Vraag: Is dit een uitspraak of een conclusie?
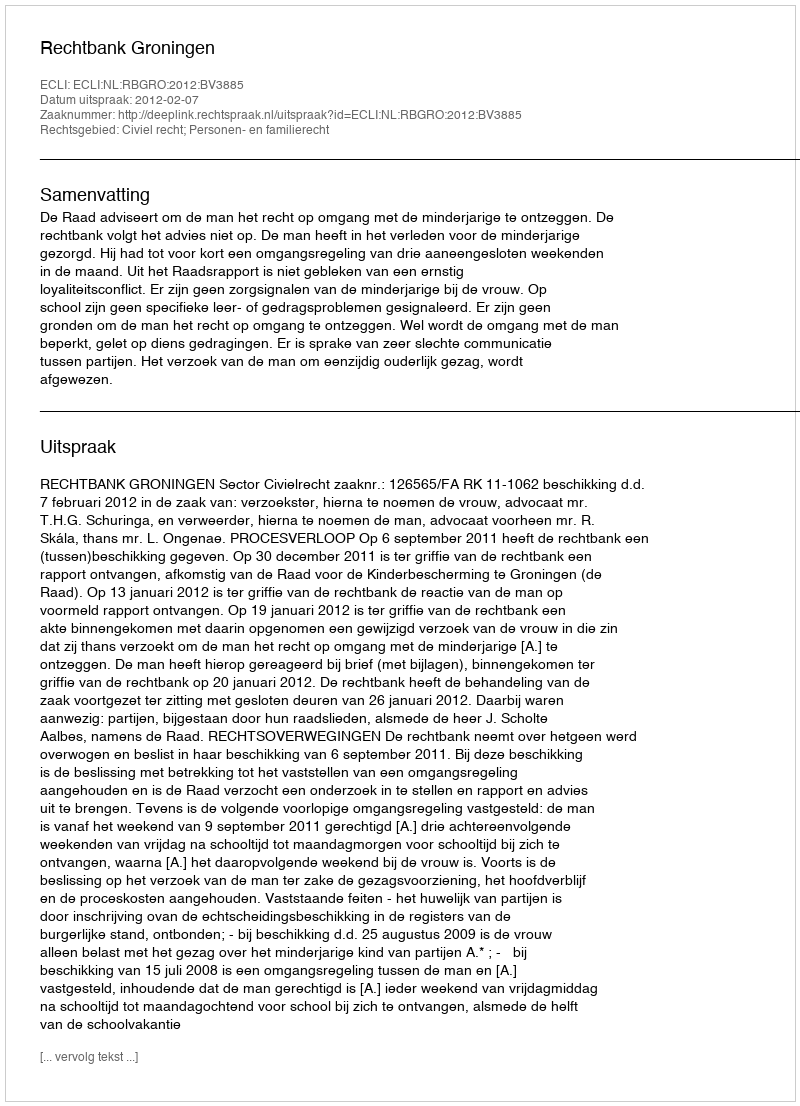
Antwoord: Uitspraak